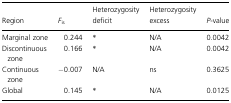
<table><thead><tr><td><b>Region</b></td><td><b><i>F</i><sub>is</sub></b></td><td><b>Heterozygosity deficit</b></td><td><b>Heterozygosity excess</b></td><td><b><i>P</i>-value</b></td></tr></thead><tbody><tr><td>Marginal zone</td><td>0.244</td><td>*</td><td>N/A</td><td>0.0042</td></tr><tr><td>Discontinuous zone</td><td>0.166</td><td>*</td><td>N/A</td><td>0.0042</td></tr><tr><td>Continuous zone</td><td>−0.007</td><td>N/A</td><td>ns</td><td>0.3625</td></tr><tr><td>Global</td><td>0.145</td><td>*</td><td>N/A</td><td>0.0125</td></tr></tbody></table>